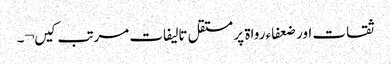
ثقات اور ضعفاء رواۃ پر مستقل تالیفات مرتب کیں¬۔